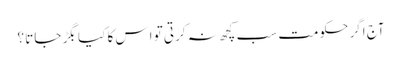
آج اگر حکومت سب کچھ نہ کرتی تو اِس کا کیا بگڑ جاتا ؟